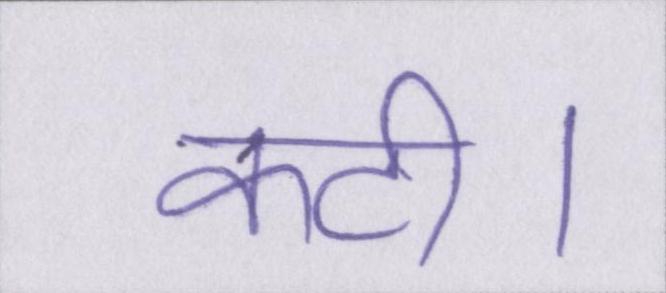
कटी।